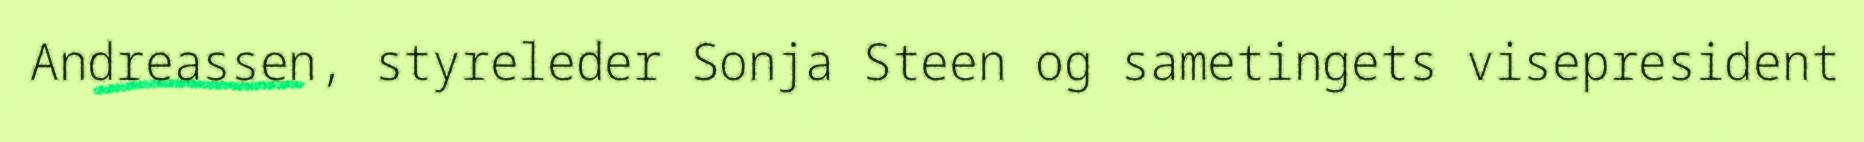
Andreassen, styreleder Sonja Steen og sametingets visepresident